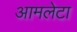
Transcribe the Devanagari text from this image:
आमलेटा